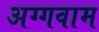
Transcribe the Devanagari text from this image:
अग्गवाम